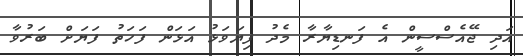
އަދި ޖޭއެސްސީން އެ ފަނޑިޔާރާ މެދު ފިޔަވަޅު އަޅަން ފަހަތު ފަޔަށް ބަރުވާ